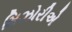
મિઝોરીએ